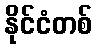
နိုင်ငံတစ်